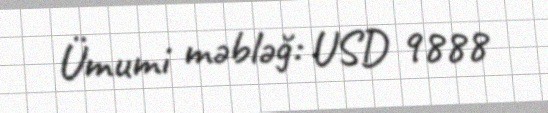
Ümumi məbləğ: USD 9888